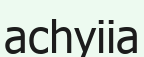
асһуііа